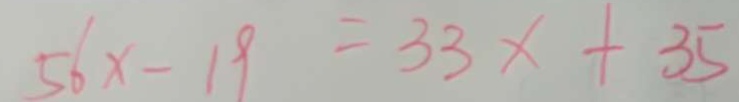
5 6 x - 1 9 = 3 3 x + 3 5